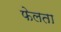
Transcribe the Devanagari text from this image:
फेलता